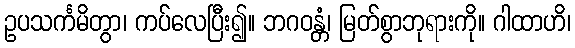
ဥပသင်္ကမိတွာ၊ ကပ်လေပြီး၍။ ဘဂဝန္တံ၊ မြတ်စွာဘုရားကို။ ဂါထာဟိ၊